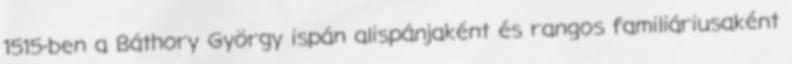
1515-ben a Báthory György ispán alispánjaként és rangos familiáriusaként